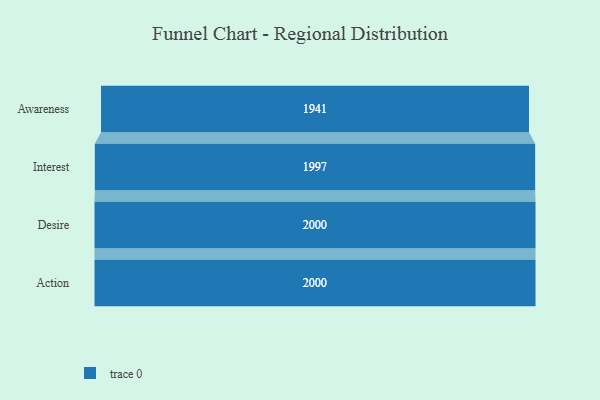
{"axis": {"x": "Stage", "y": "Value"}, "legend": [""], "data": [{"x": "Awareness", "y": 1941.0, "type": ""}, {"x": "Interest", "y": 1997.0, "type": ""}, {"x": "Desire", "y": 2000, "type": ""}, {"x": "Action", "y": 2000, "type": ""}]}